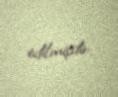
edilmişdir.